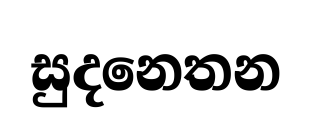
සුදනෙතන